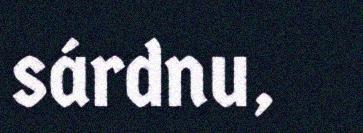
sárdnu,